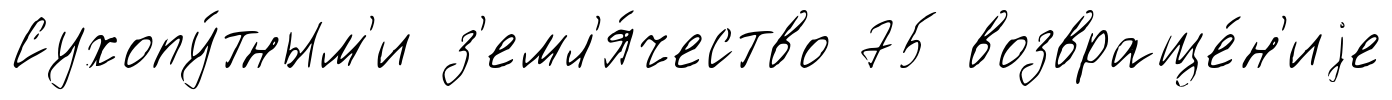
Сухопу́тным'и з'емл'я́чество 75 возвраще́н'иjе